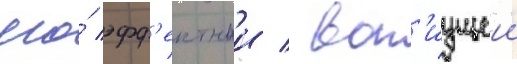
его́ эфф'ектнои / воп'иущеи